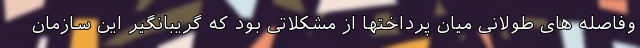
وفاصله های طولانی میان پرداختها از مشکلاتی بود که گریبانگیر این سازمان